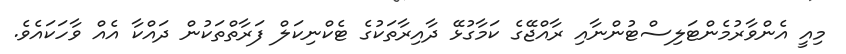
މިއީ އެންވާރުމެންޓަލިސްޓުންނާއި ރާއްޖޭގެ ކަމާގުޅޭ ދާއިރާތަކުގެ ޓެކްނިކަލް ފަރާތްތަކުން ދައްކާ އެއް ވާހަކައެވެ.